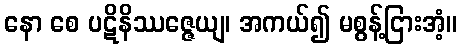
နော စေ ပဋိနိဿဇ္ဇေယျ၊ အကယ်၍ မစွန့်ငြားအံ့။